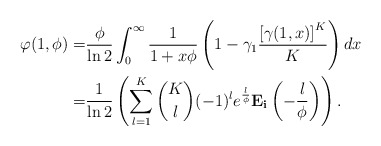
\begin{align*}\varphi(1,\phi) =&\frac{\phi}{\ln 2}\int^{\infty}_{0} \frac{1}{1+x\phi}\left(1-\gamma_1 \frac{\left[\gamma(1,x) \right]^{K}}{K}\right) dx\\ = &\frac{1}{\ln 2} \left( \sum^{K}_{l=1}{K \choose l}(-1)^l e^{\frac{l}{\phi}} \mathbf{E_i}\left(-\frac{l}{\phi}\right) \right) .\end{align*}